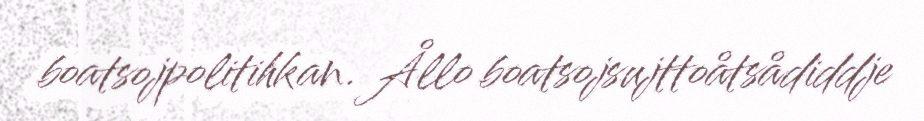
boatsojpolitihkan. Ållo boatsojsujttoåtsådiddje